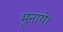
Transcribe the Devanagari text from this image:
भुनाये।